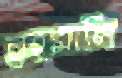
রহমানি